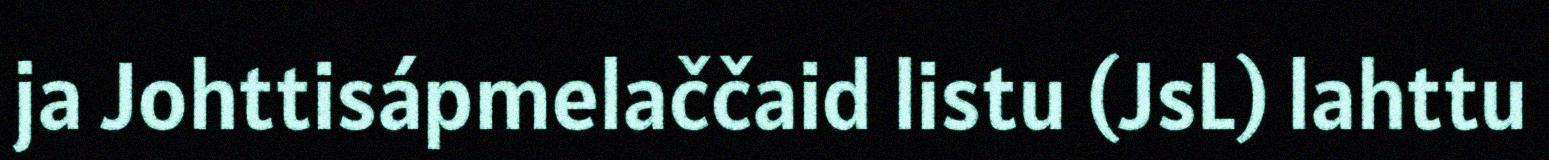
ja Johttisápmelaččaid listu (JsL) lahttu